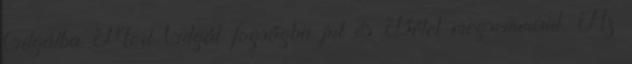
Gilgálba Mert Gilgál fogságba jut és Bétel megsemmisül. Az